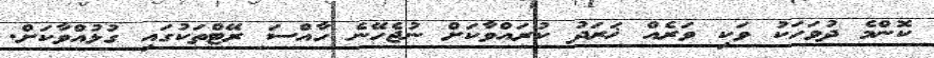
ކޮންމެ ދުވަހަކު ވަކި ވަރެއް ޚަރަދު ކުރައްވާކަށް ނުޖެހޭނެ ހާއްސަ ރޭޓްތަކުގައި ގުޅުއްވާކަށް.